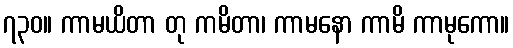
၇၃၀။ ကာမယိတာ တု ကမိတာ၊ ကာမနော ကာမိ ကာမုကော။